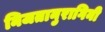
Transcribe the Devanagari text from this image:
निजतानुरागिनी